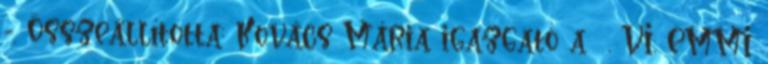
-. Összeállította: Kovács Mária igazgató a . VI. EMMI